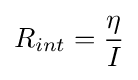
R_{int}={\frac {\eta }{I}}